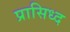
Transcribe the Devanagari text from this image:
प्रासिध्द